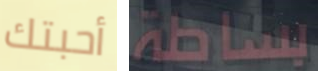
أحبتك بساطة